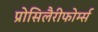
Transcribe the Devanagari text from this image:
प्रोसिलैरीफोर्म्स